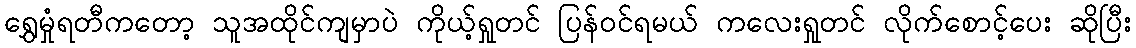
ရွှေမှုံရတီကတော့ သူအထိုင်ကျမှာပဲ ကိုယ့်ရှုတင် ပြန်ဝင်ရမယ် ကလေးရှုတင် လိုက်စောင့်ပေး ဆိုပြီး